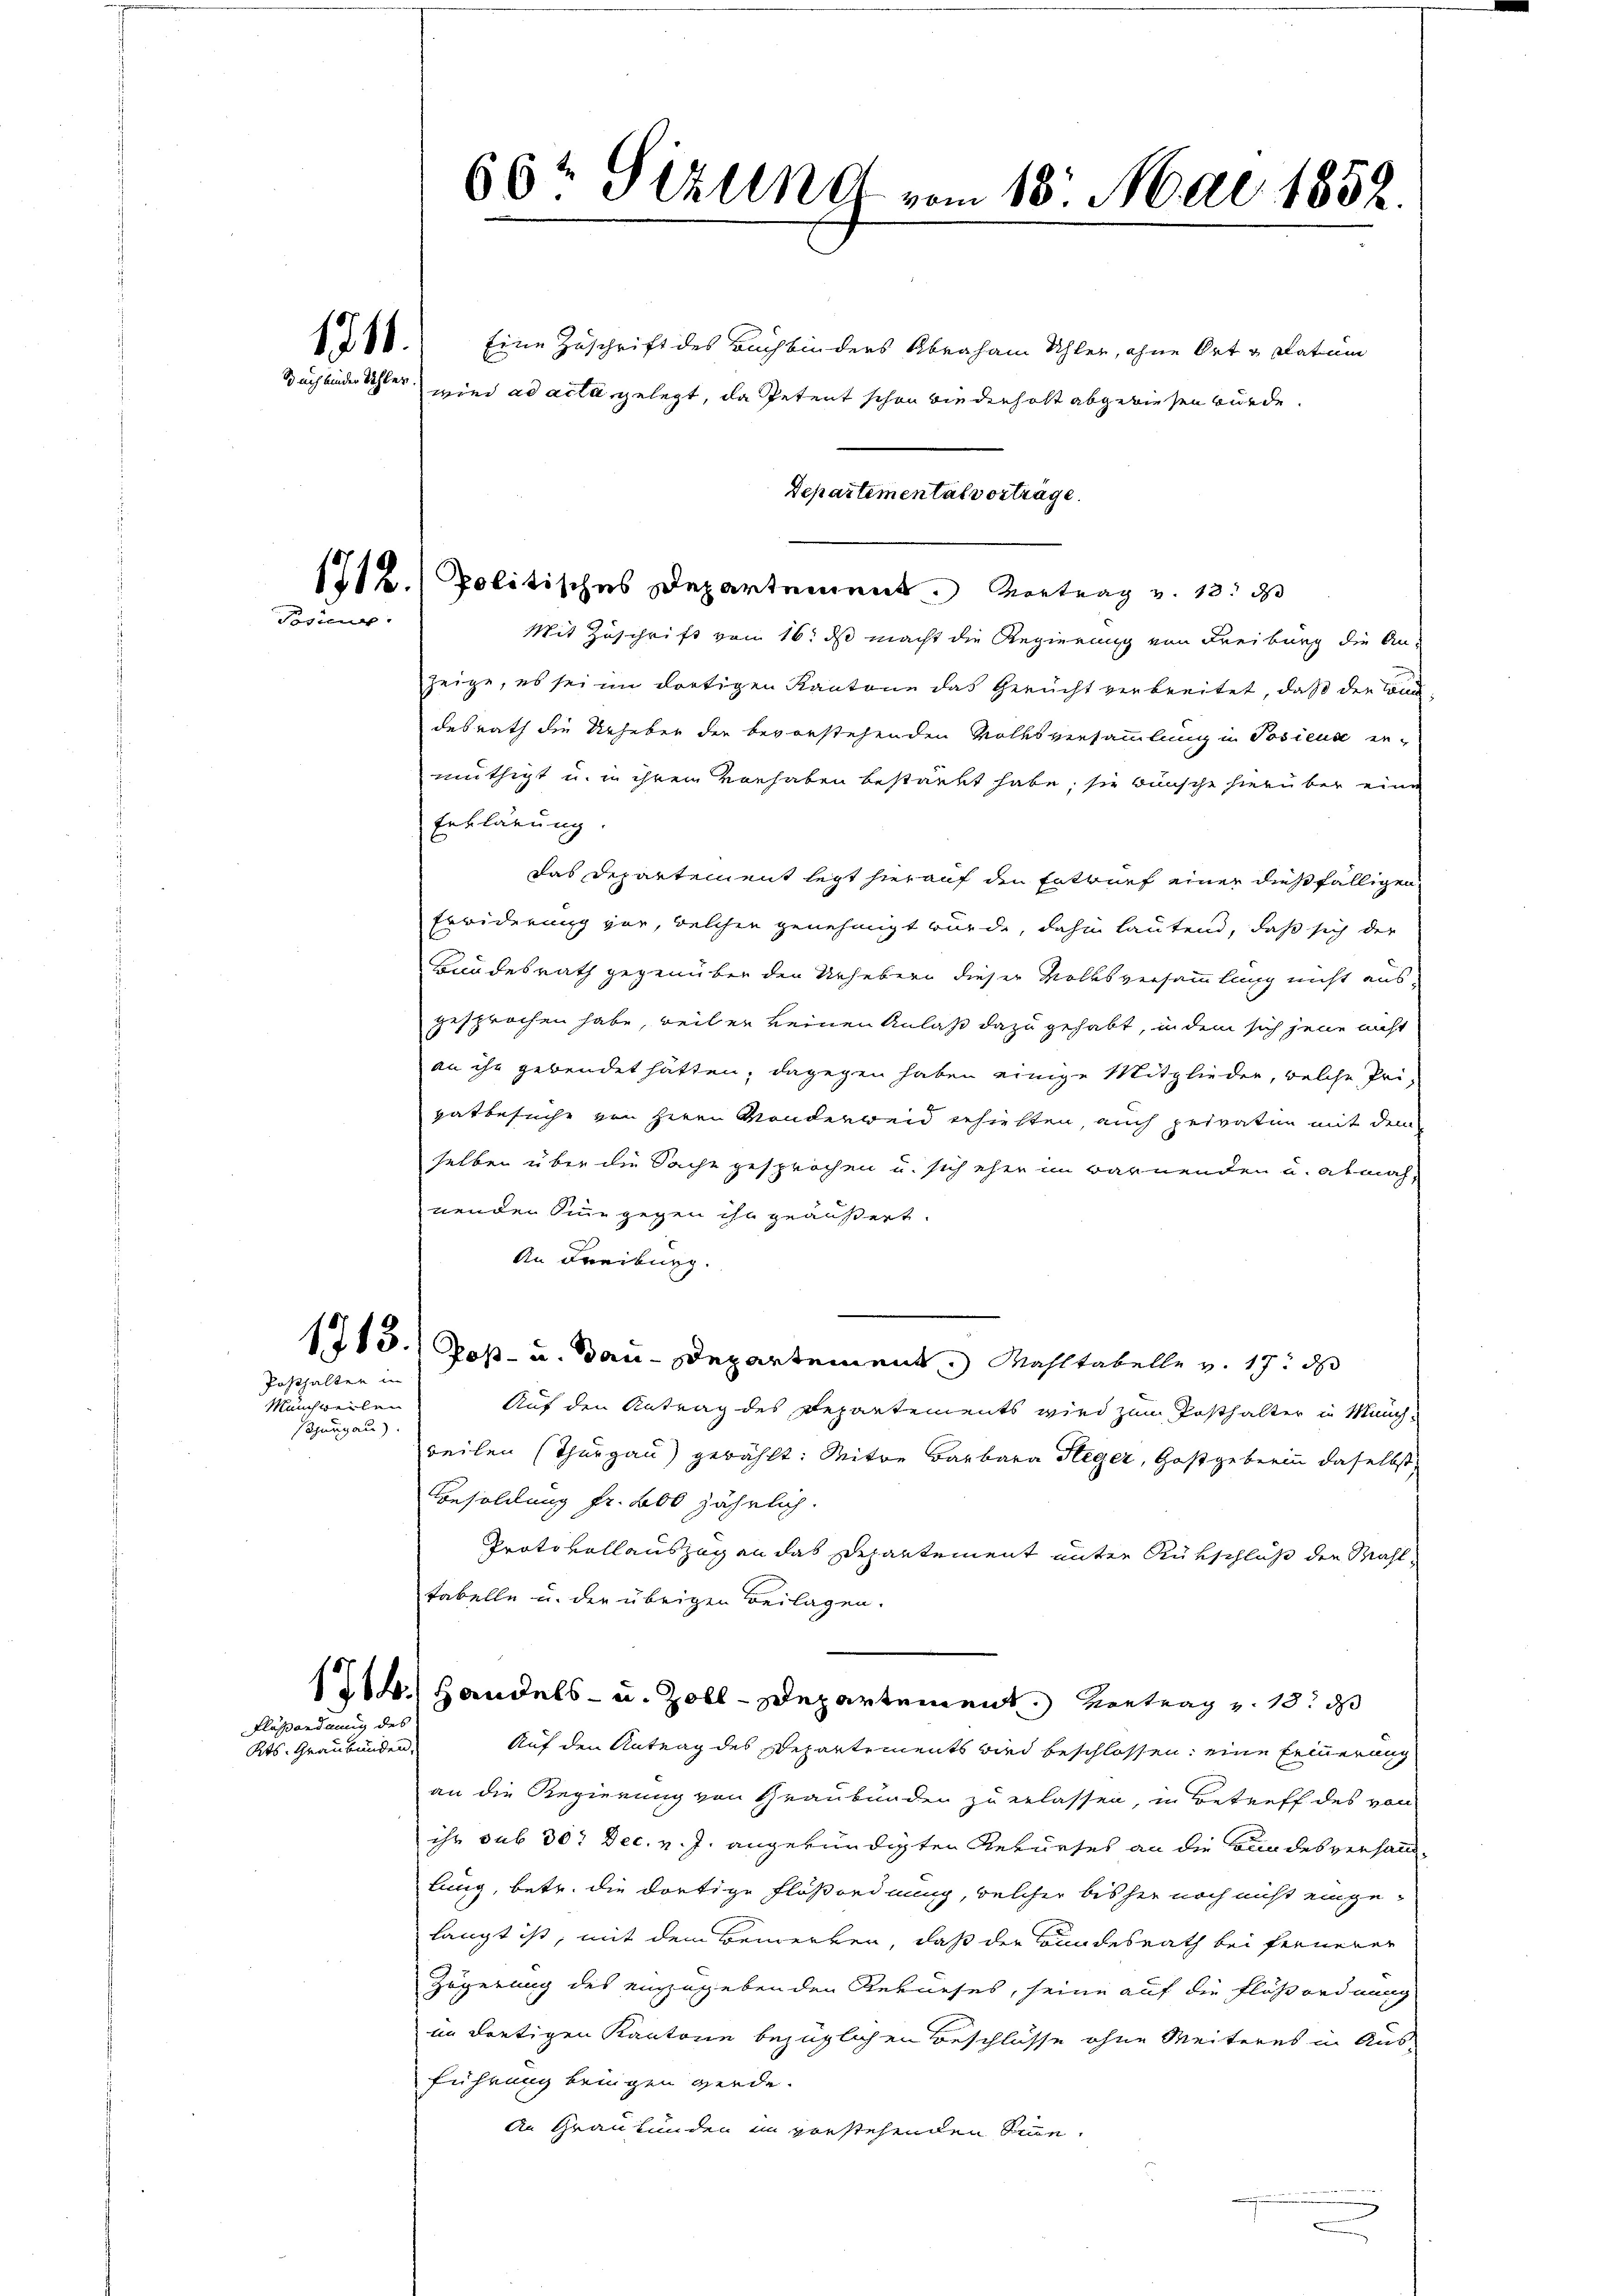
1711.
Bach binder Schler

Pseu

Posthalten in

Münchweilen
spurgau).

Fläßordnung des
Kts. Graubünden,

Mit Zuschrift von 16. ds macht die Regierung von Freiburg die An-
zeige, es sei im dortigen Kantone das Gericht verbreitet, daß der Can
desrath die Urheber der bevorstehenden Volksversammlung in Posicus er-
müthigt u. in ihrem Vorhaben bestärkt habe, sie wünsche hierüber eine
Erklärung.
das Departement legt hierauf den Entwurf einer dießfälligen
Erwiderung vor, welchen genehmigt wurde, dahin lautend, daß sich der
Bundesrath gegenüber den Urhebern dieser Volksversammlung nicht aus-
gesprochen habe, weil er keinen Anlaß dazu gehabt, in dem sich jene nicht
an ihr gebendet hätten, dagegen haben einige Mitglieder, welche Pri-
hatbesuche von Herrn Monderweid erhielten, auch privatin mit dem
selben über die Sache gesprochen u. sich eher im warnenden u. abmah-
nenden Sinne gegen ihn geäußert.
An Freiburg.
1713.) Post- u. Bau-Departement. Mahltabelle v. 17. ds
Auf den Antrag des Departements wird zum Posthalter in Münchweilen (Thurgau) gewählt: Witwe Barbara Heger, Gastgeberin daselbst,
Besoldung fr. 200 jährlich.
Protokollauszug an das Departement unter Rükschluß der Mahltabelle u. der übrigen Beilagen.
1814.) Handels- u. Zoll-Departement. Vortrag v. 18. ds
Auf den Antrag des Departements wird beschlossen: eine Feinerung
an die Regierung von Graubünden zu erlassen, in Betreff des von
ihr sub 30: Dec. v. J. angekündigten Rekurses an die Bundesverhandlung, betr. die dortige Floßordnung, welcher bisher noch nicht eingelangt ist, mit dem Bewerken, daß der Bundesrath bei fernerer
Zögerung des einzugebenden Rebneses, seine auf die Flößordnung
im dortigen Kantone bezüglichen Beschlüsse ohne Weiteres in Ausführung beingen werde.
An Graubünden in vorstehenden Sinne,
.

66 Ställe vom 13. Mai 1852.
Eine Zuschrift des Buchbinders Abraham Schler, ohne Ort u. datum
wird ad acta gelegt, da Petent schon wiederholt abgewiesen würde.

Departemental vorträge.
1712. Politisches Departement. Vortrag v. 13. d